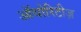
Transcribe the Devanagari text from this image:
ऑथोरिटीज़